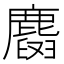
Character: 𪋕